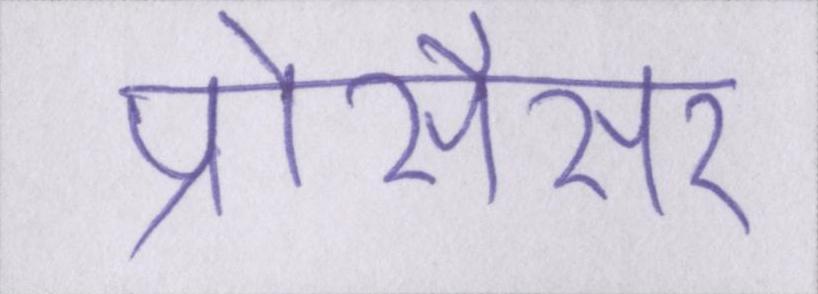
प्रोसैसर